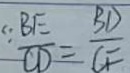
\because \frac { B E } { C D } = \frac { B D } { C F }